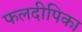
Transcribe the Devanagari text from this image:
फलदीपिका